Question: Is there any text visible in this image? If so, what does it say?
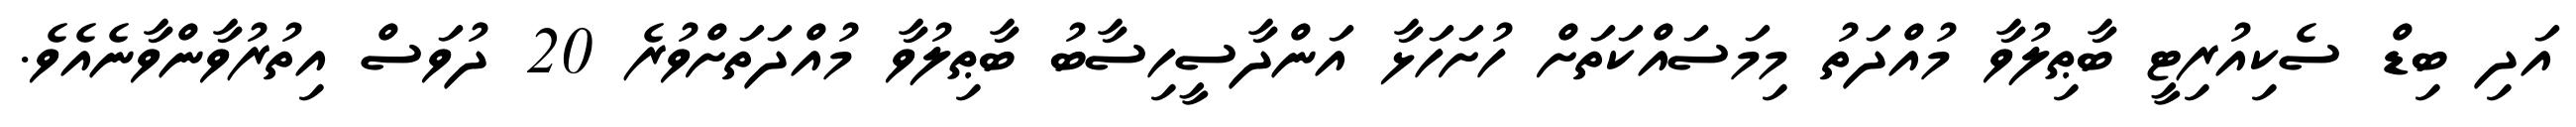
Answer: އަދި ބިޑް ސެކިއުރިޓީ ބާޠިލުވާ މުއްދަތު މިމަސައްކަތަށް ހުށަހަޅާ އަންދާސީހިސާބު ބާޠިލުވާ މުއްދަތަށްވުރެ 20 ދުވަސް އިތުރުވާންވާނެއެވެ.